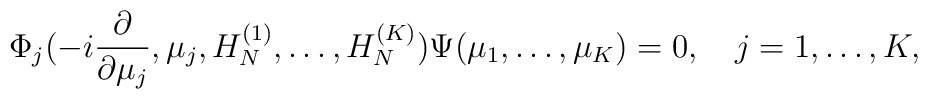
\Phi_j(-i{\partial \over \partial \mu_j},\mu_j,H_N^{(1)},\ldots,H_N^{(K)})\Psi(\mu_1,\ldots,\mu_{K})=0,\quad j=1,\ldots,K,